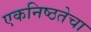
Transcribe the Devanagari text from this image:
एकनिष्ठतेचा